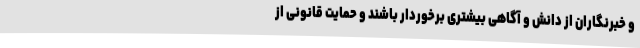
و خبرنگاران از دانش و آگاهی بیشتری برخوردار باشند و حمایت قانونی از